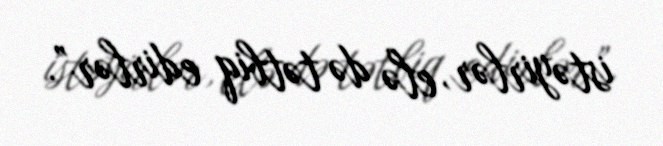
istəyirlər, elə də tətbiq edirlər”.